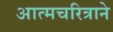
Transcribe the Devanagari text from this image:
आत्मचरित्राने